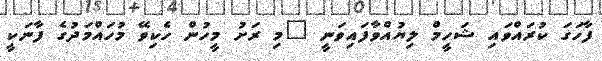
ފާހަގަ ކުރައްވައި ޝަހީމް ލިޔުއްވާފައިވަނީ "މި ރަށު މީހުން ހެކިވޭ މުހައްމަދުގެ ފާނަކީ